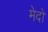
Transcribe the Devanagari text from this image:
मेदो